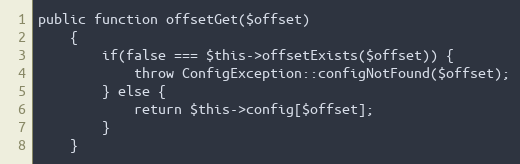
Language: PHP
public function offsetGet($offset)
    {
        if(false === $this->offsetExists($offset)) {
            throw ConfigException::configNotFound($offset);
        } else {
            return $this->config[$offset];
        }
    }